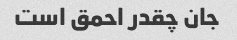
جان چقدر احمق است